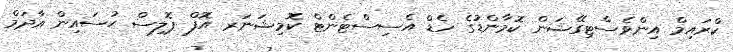
ކްރައިމް އިންވެސްޓިގޭޝަން ކޮމާންޑުގެ ހެޑް އެސިސްޓެންޓް ކޮމިޝަނަރ އޮފް ޕޮލިސް ޙުސައިން އާދަމް